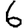
Digit: 6